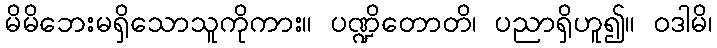
မိမိဘေးမရှိသောသူကိုကား။ ပဏ္ဍိတောတိ၊ ပညာရှိဟူ၍။ ဝဒါမိ၊